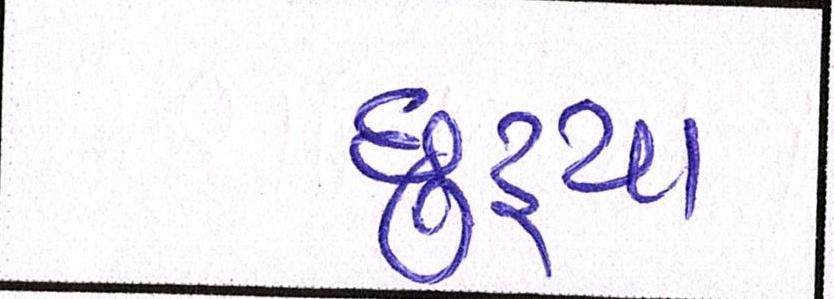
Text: છુટ્યા